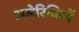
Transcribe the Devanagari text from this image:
अमेरिकियें